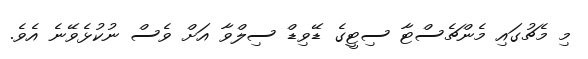
މި މެޗުގައި މެންޗެސްޓާ ސިޓީގެ ޑޭވިޑް ސިލްވާ އަށް ވެސް ނުކުޅެވޭނެ އެވެ.